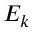
E _ { k }